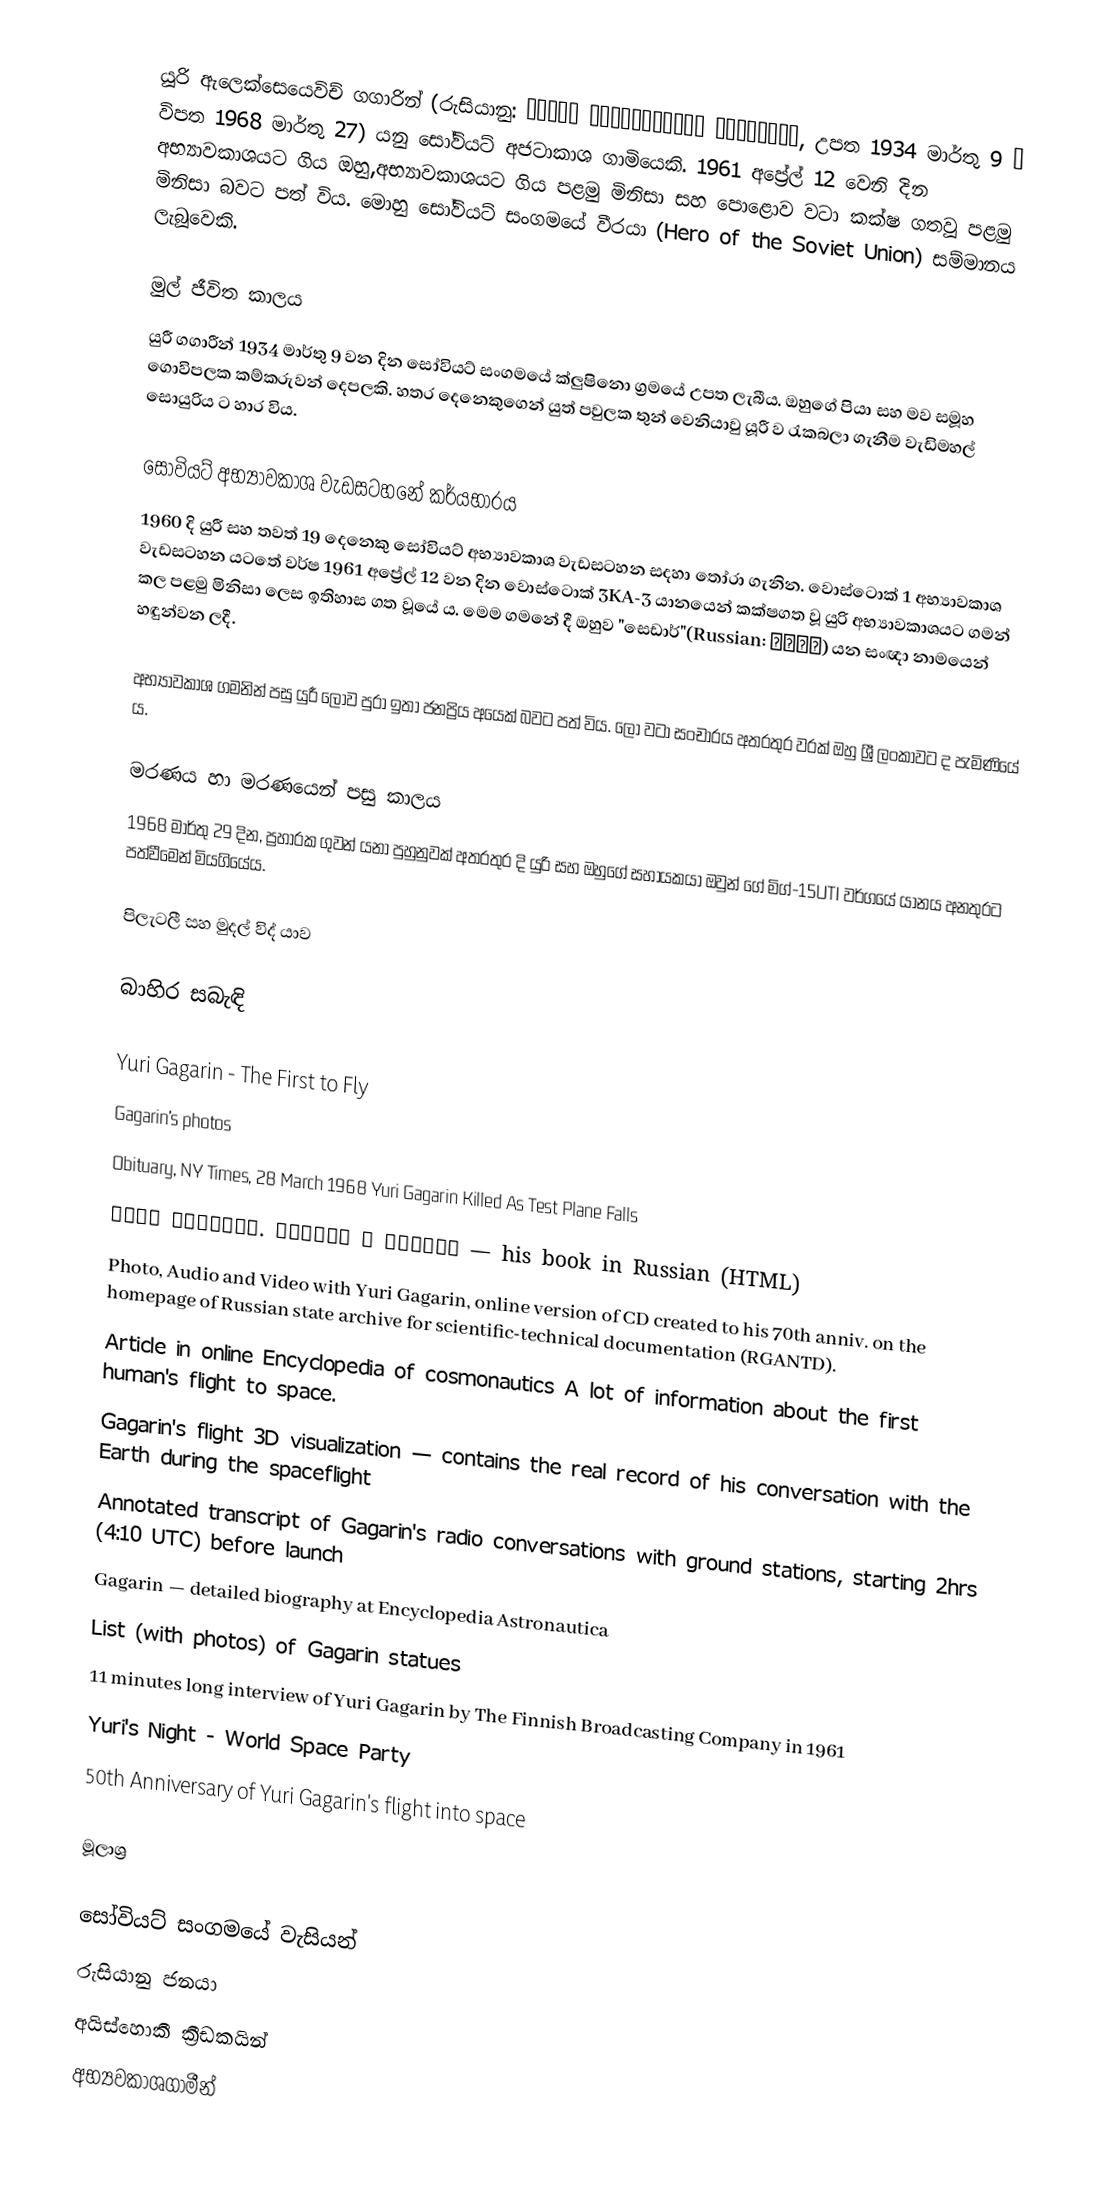
‍යූරි ඇලෙක්සෙයෙවිච් ගගාරින් (රුසියානු: Ю́рий Алексе́евич Гага́рин, උපත 1934 මාර්තු 9 – විපත  1968 මාර්තු 27)  යනු සෝවියට් අජටාකාශ ගාමියෙකි. 1961 අප්‍රේල් 12 වෙනි දින අභ්‍යාවකාශයට ගිය ඔහු,අභ්‍යාවකාශයට ගිය පළමු මිනිසා සහ පොළොව වටා කක්ෂ ගතවූ පළමු මිනිසා බවට පත් විය. මොහු සෝවියට් සංගමයේ වීරයා (Hero of the Soviet Union) සම්මානය ලැබූවෙකි.

මුල් ජීවිත කාලය
යුරී ගගාරීන් 1934 මාර්තු 9 වන දින සෝවියට් සංගමයේ ක්ලුෂිනො ග්‍රමයේ උපත ලැබීය. ඔහුගේ පියා සහ මව සමූහ ගොවිපලක කම්කරුවන් දෙපලකි.‍ හතර දෙනෙකුගෙන් යුත් පවුලක තුන් වෙනියාවු යූරී ව රැකබලා ගැනීම වැඩිමහල් සොයුරිය ට හාර විය.

සොවියට් අභ්‍යාවකාශ වැඩසටහනේ කර්යභාරය
1960 දි යුරී සහ තවත් 19 දෙනෙකු සෝවියට් අභ්‍යාවකාශ වැඩසටහන සදහා තෝරා ගැනින. වොස්ටොක් 1 අභ්‍යාවකාශ වැඩසටහන යටතේ වර්ෂ 1961 අප්‍රේල් 12 වන දින වොස්ටොක් 3KA-3 ‍යානයෙන් කක්ෂගත වූ යුරි අභ්‍යාවකාශයට ගමන් කල පළමු මිනිසා ලෙස ඉතිහාස ගත වූයේ ය. මෙම ගමනේ දී  ඔහුව "සෙඩාර්"(Russian: Кедр) යන සංඥා නාමයෙන් හඳුන්වන ලදී.

අභ්‍යාවකාශ ගමනින් පසු යුරී ලොව පුරා ඉතා ජනප්‍රිය අයෙක් බවට පත් විය. ලෝ වටා සංචාරය අතරතුර වරක් ඔහු ශ්‍රී ලංකාවට  ද පැමිණියේ ය.

මරණය හා මරණයෙන් පසු කාලය
1968 මාර්තු 29 දින, ප්‍රහාරක ගුවන් යනා පුහුනුවක් අතරතුර දි යුරි සහ ඔහුගේ සහායකයා ඔවුන් ගේ  මිග්-15UTI වර්ගයේ යානය අනතුරට පත්වීමෙන් මියගියේය.

පිලැටලී සහ මුදල් විද් යාව

බාහිර සබැඳි

 Yuri Gagarin - The First to Fly
 Gagarin's photos
 Obituary, NY Times, 28 March 1968 Yuri Gagarin Killed As Test Plane Falls
  Юрий Гагарин. Дорога в космос — his book in Russian (HTML)
  Photo, Audio and Video with Yuri Gagarin, online version of CD created to his 70th anniv. on the homepage of Russian state archive for scientific-technical documentation (RGANTD).
  Article in online Encyclopedia of cosmonautics A lot of information about the first human's flight to space.
  Gagarin's flight 3D visualization — contains the real record of his conversation with the Earth during the spaceflight
  Annotated transcript of Gagarin's radio conversations with ground stations, starting 2hrs (4:10 UTC) before launch
 Gagarin — detailed biography at Encyclopedia Astronautica
 List (with photos) of Gagarin statues
   11 minutes long interview of Yuri Gagarin by The Finnish Broadcasting Company in 1961
 Yuri's Night - World Space Party
 50th Anniversary of Yuri Gagarin's flight into space

මූලාශ්‍ර

සෝවියට් සංගමයේ වැසියන්
රුසියානු ජනයා
අයිස්හොකී ක්‍රීඩකයින්
අභ්‍යවකාශගාමීන්